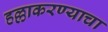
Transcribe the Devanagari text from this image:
हल्लाकरण्याचा